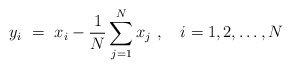
\begin{align*}y_i\ =\ x_i - \frac{1}{N} \sum_{j=1}^N x_j\ ,\quad i=1,2,\ldots , N\end{align*}